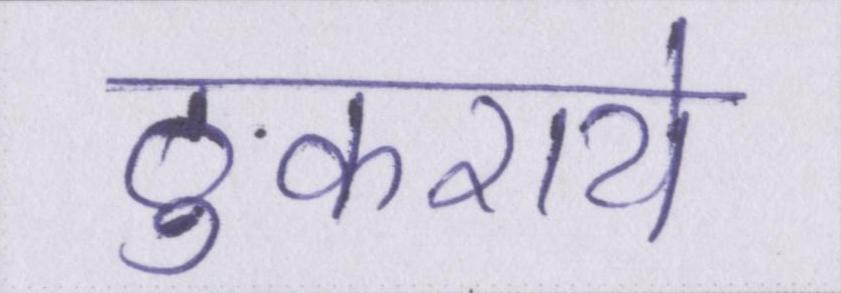
ठुकराये